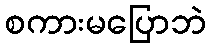
စကားမပြောဘဲ